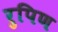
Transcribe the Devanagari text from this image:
रुपिण